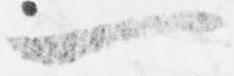
一